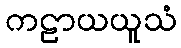
ကဠာယယူသံ